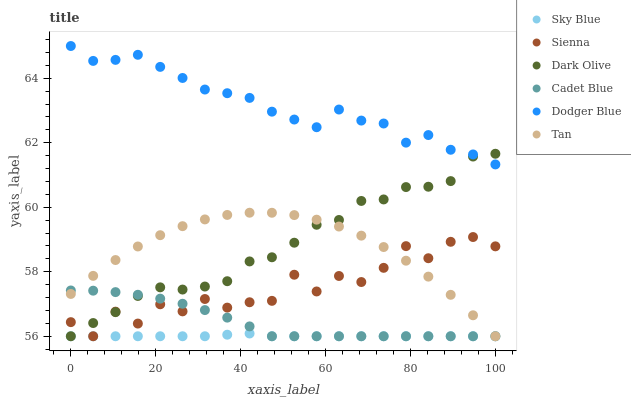
| xaxis_label | Sky Blue | Sienna | Dark Olive | Cadet Blue | Dodger Blue | Tan |
 | --- | --- | --- | --- | --- | --- | --- |
 | 0 | 56 | 56.4 | 56 | 57.4 | 65 | 57.3 |
 | 5.26 | 56 | 56 | 56.4 | 57.4 | 64.5 | 57.9 |
 | 10.5 | 56 | 56.8 | 56.7 | 57.4 | 64.6 | 58.4 |
 | 15.8 | 56 | 56.4 | 57.2 | 57.3 | 64.7 | 58.8 |
 | 21.1 | 56 | 57 | 57.5 | 57.2 | 64.4 | 59.1 |
 | 26.3 | 56 | 56.8 | 57.4 | 57 | 64 | 59.4 |
 | 31.6 | 56 | 57.2 | 57.5 | 56.8 | 63.7 | 59.6 |
 | 36.8 | 56 | 56.9 | 57.7 | 56.6 | 63.5 | 59.8 |
 | 42.1 | 56.1 | 57.1 | 58.3 | 56.3 | 63.4 | 59.8 |
 | 47.4 | 56 | 57.1 | 58.4 | 56 | 63 | 59.8 |
 | 52.6 | 56 | 57.9 | 58.9 | 56 | 62.7 | 59.8 |
 | 57.9 | 56 | 57.4 | 59.5 | 56 | 62.5 | 59.6 |
 | 63.2 | 56 | 57.9 | 59.6 | 56 | 63 | 59.4 |
 | 68.4 | 56 | 57.7 | 60.2 | 56 | 62.7 | 59.1 |
 | 73.7 | 56 | 58.1 | 60.2 | 56 | 62.6 | 58.8 |
 | 78.9 | 56 | 58.8 | 60.6 | 56 | 62 | 58.3 |
 | 84.2 | 56 | 58.4 | 60.6 | 56 | 62.2 | 57.8 |
 | 89.5 | 56 | 58.9 | 60.8 | 56 | 61.8 | 57.3 |
 | 94.7 | 56 | 59.1 | 61.6 | 56 | 61.6 | 56.7 |
 | 100 | 56 | 58.8 | 61.7 | 56 | 61.3 | 56 |